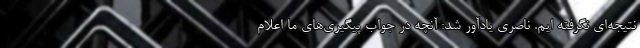
نتیجه‌ای نگرفته ایم. ناصری یادآور شد: آنچه در جواب پیگیری‌های ما اعلام